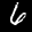
Label: 6